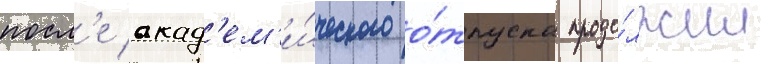
посл'е акад'ем'и́ческого о́тпуска продо́лжил